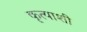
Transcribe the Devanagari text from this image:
कृत्याशी